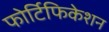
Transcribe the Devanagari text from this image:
फोर्टिफिकेशन